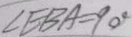
\angle E B A = 9 0 ^ { \circ }